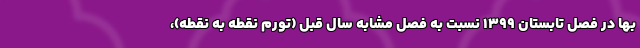
بها در فصل تابستان ١٣٩٩ نسبت به فصل مشابه سال قبل (تورم نقطه به نقطه)،